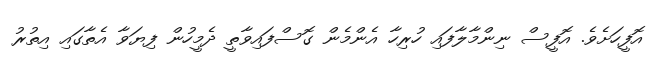
އޮފީހަށެވެ. އޮފީސް ނިންމާލާފައި ހުރިހާ އެންމެން ގޮސްފައިވާތީ ދެމީހުން ފިޔަވާ އެތާގައި އިތުރު